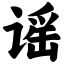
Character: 谣